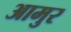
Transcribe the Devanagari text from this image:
आमुर